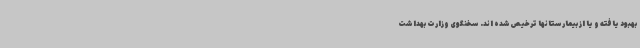
بهبود یافته و یا از بیمارستانها ترخیص شده اند. سخنگوی وزارت بهداشت